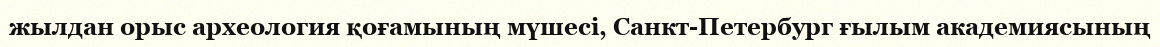
жылдан орыс археология қоғамының мүшесі, Санкт-Петербург ғылым академиясының